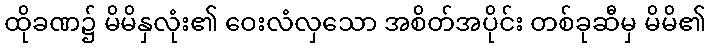
ထိုခဏ၌ မိမိနှလုံး၏ ဝေးလံလှသော အစိတ်အပိုင်း တစ်ခုဆီမှ မိမိ၏